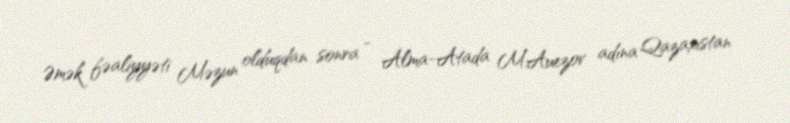
Əmək fəaliyyəti Məzun olduqdan sonra - Alma-Atada M.Auezov adına Qazaxıstan